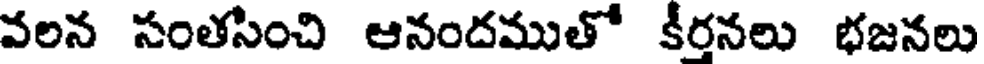
వలన సంతసించి ఆనందముతో కీరనలు భజనలు